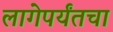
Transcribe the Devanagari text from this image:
लागेपर्यंतचा